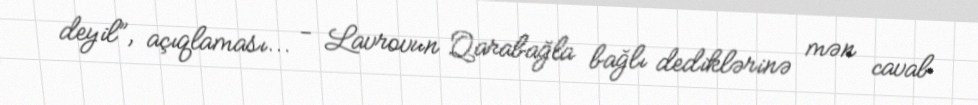
deyil”, açıqlaması... - Lavrovun Qarabağla bağlı dediklərinə mən cavab